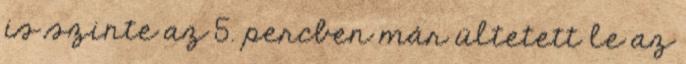
is szinte az 5. percben már ültetett le az